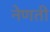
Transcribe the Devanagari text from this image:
नेणती